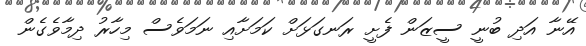
އޭނާ އަދި ބުނީ ސީޒަން ފެށީ ރަނގަޅަށް ކަމަށާއި ނަމަވެސް މިހާރު ދިމާވެގެން